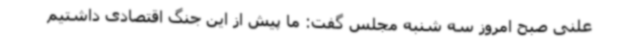
علنی صبح امروز سه شنبه مجلس گفت: ما پیش از این جنگ اقتصادی داشتیم